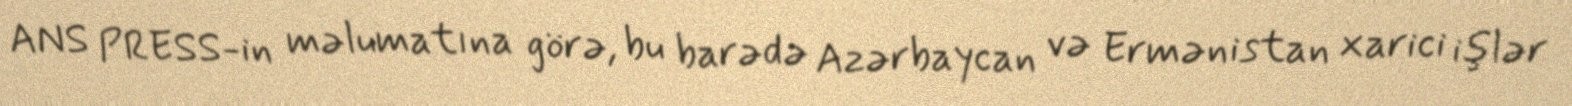
ANS PRESS-in məlumatına görə, bu barədə Azərbaycan və Ermənistan xarici işlər